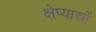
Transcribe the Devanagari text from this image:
क्षेप्यास्रों